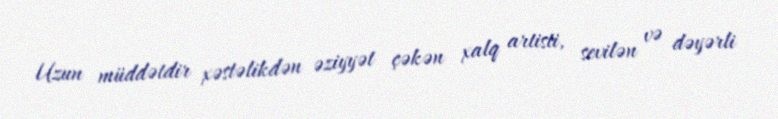
Uzun müddətdir xəstəlikdən əziyyət çəkən xalq artisti, sevilən və dəyərli